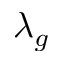
\lambda _ { g }